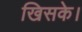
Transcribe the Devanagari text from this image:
खिसके।